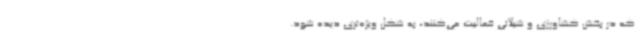
که در بخش کشاورزی و شیلاتی فعالیت می‌کنند، به شکل ویژه‌تری دیده شود.